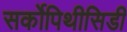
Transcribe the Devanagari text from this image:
सर्कोपिथीसिडी